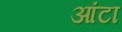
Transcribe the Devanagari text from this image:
आंटा